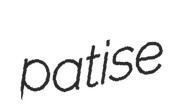
patise